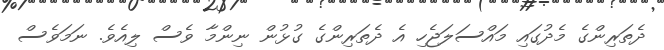
ދެތަރިންގެ މެދުގައި މައްސަލަޖެހި އެ ދެތަރިންގެ ގުޅުން ނިންމާ ވެސް ލިއެވެ. ނަމަވެސް